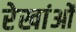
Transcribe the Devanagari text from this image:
रेखांओं